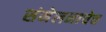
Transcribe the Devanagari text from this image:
संमेलनाचेच